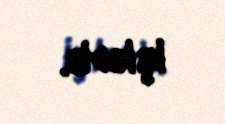
işlədib.